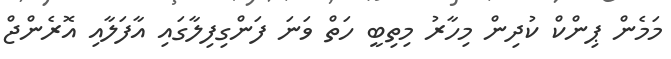
މަމެން ޕިންކް ކުދިން މިހާރު މިތިބީ ހަތް ވަނަ ފަންގިފިލާގައި އާފަލާއި އޮރެންޖް